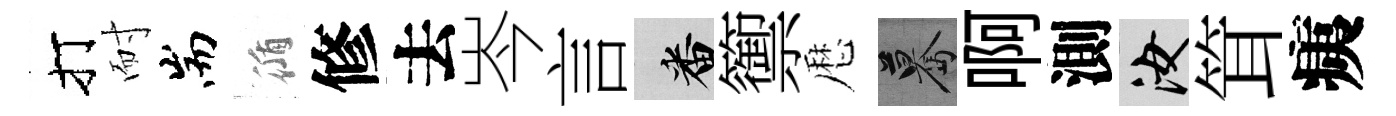
打耐耑循修去岑言番籞厯驀啊測汝䇯痍